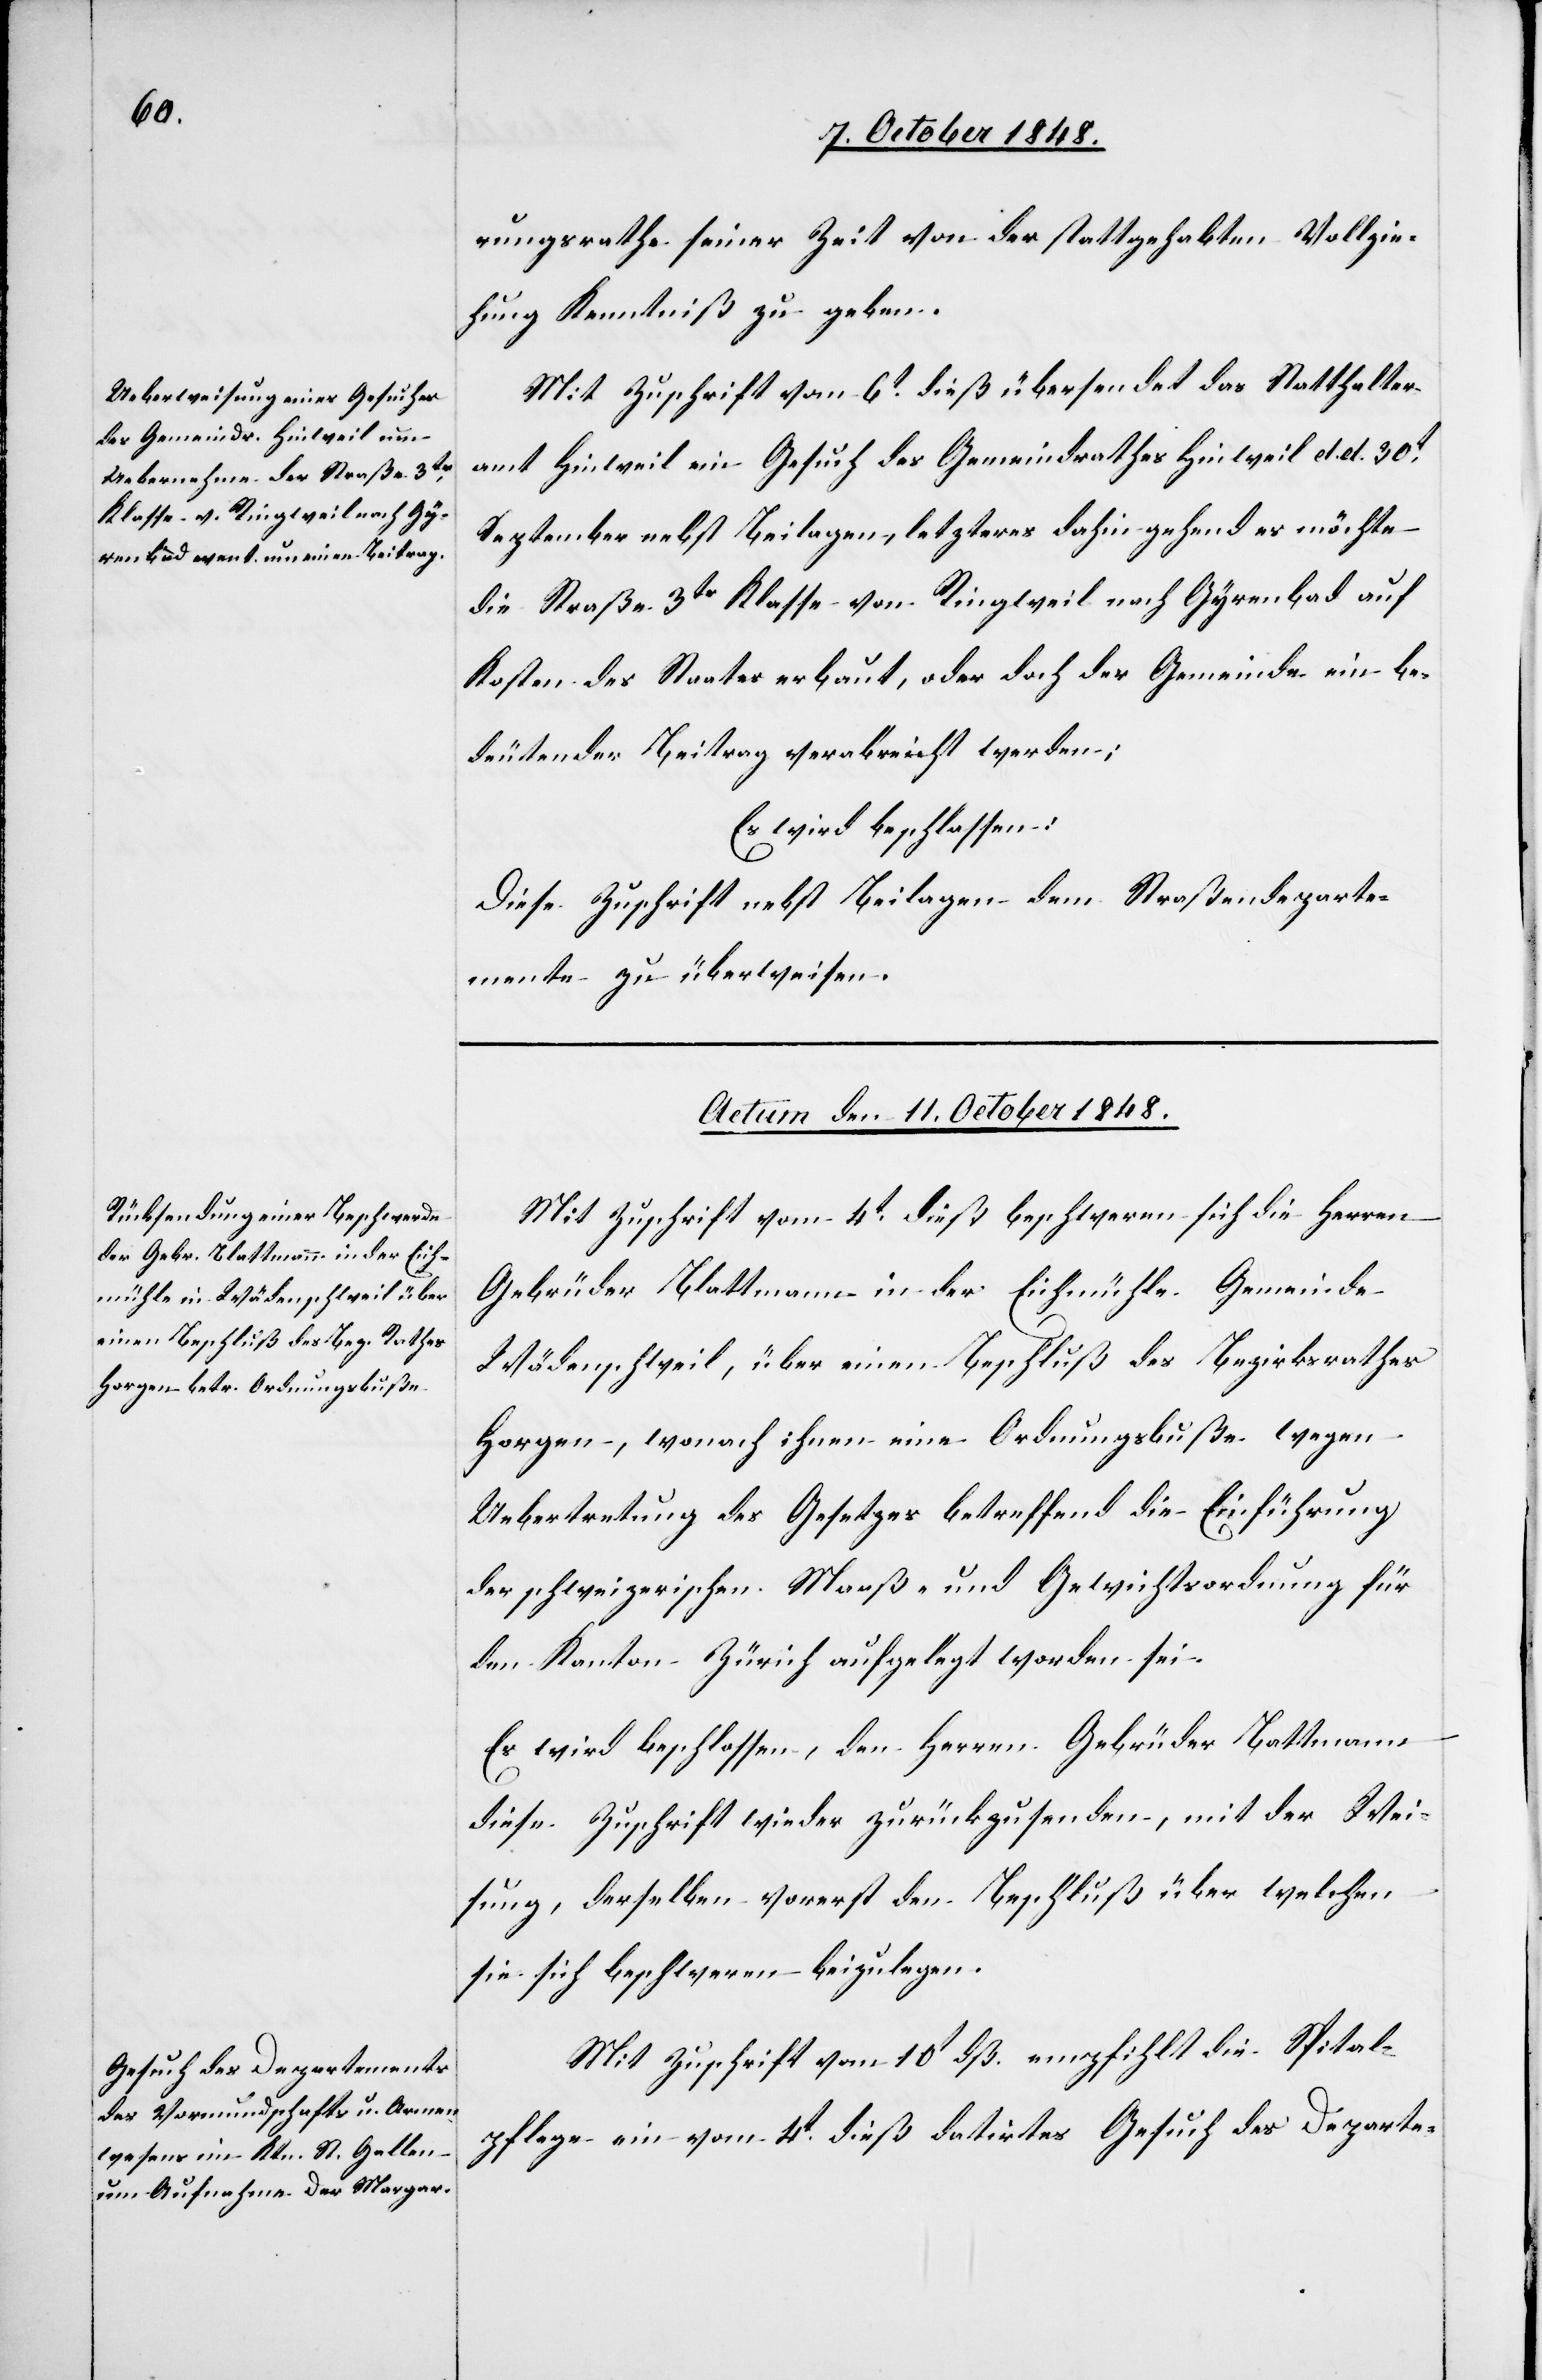
rungsrathe seiner Zeit von der stattgehabten Vollzie¬
hung Kenntniß zu geben.
Mit Zuschrift vom 6t dieß übersendet das Statthalter¬
amt Hinweil ein Gesuch des Gemeindrathes Hinweil d. d. 30t
September nebst Beilagen, letzteres dahin gehend es möchte
die Straße 3tr Klasse von Ringweil nach Gyrenbad auf
Kosten des Staates erbaut, oder doch der Gemeinde ein be¬
deutender Beitrag verabreicht werden;
Es wird beschlossen:
Diese Zuschrift nebst Beilagen dem Straßendeparte¬
mente zu überweisen.
Actum den 11. October 1848.]
Mit Zuschrift vom 4t dieß beschweren sich die Herren
Gebrüder Blattmann in der Eichmühle Gemeinde
Wädenschweil, über einen Beschluß des Bezirksrathes
Horgen, wonach ihnen eine Ordnungsbuße wegen
Uebertretung des Gesetzes betreffend die Einführung
der schweizerischen Maaß- und Gewichtsordnung für
den Kanton Zürich aufgelegt worden sei.
Es wird beschlossen, den Herren Gebrüder Blattmann
diese Zuschrift wieder zurückzusenden, mit der Wei¬
sung, derselben vorerst den Beschluß über welchen
sie sich beschwerden beizulegen.
Mit Zuschrift vom 10t dß. empfiehlt die Spital¬
pflege ein vom 4t dieß datirtes Gesuch des Departe-